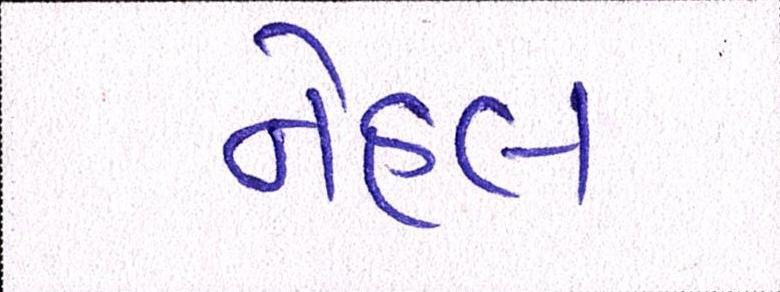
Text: નેહલ